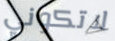
لاتكوني